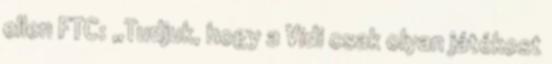
ellen FTC: „Tudjuk, hogy a Vidi csak olyan játékost